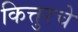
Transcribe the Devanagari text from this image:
कित्तुरचे